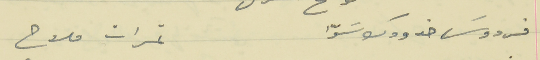
فردوسَ خدودك سَوّا                                  ثمرات ملاح